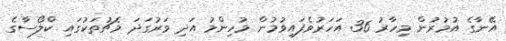
އޭނާގެ އުމުރުން މިހާރު 36 އަހަރުވެފައިވުމުން މުހިންމު އަދި ވަރުގަދަ މެޗުތަކުގައި ކްލޯސާގެ